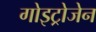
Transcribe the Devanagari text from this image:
गोइट्रोजेन